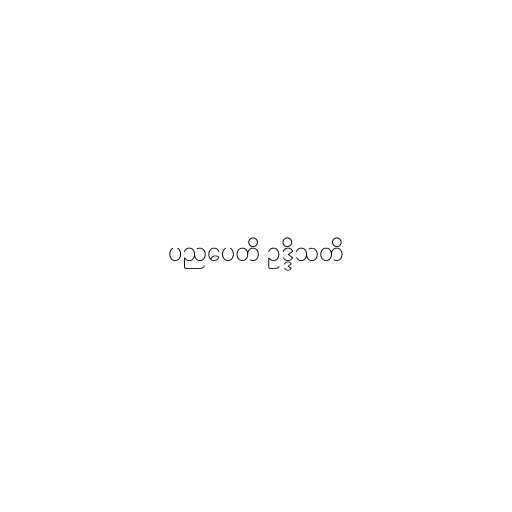
ပညပေတိ ဥဒ္ဒိသတိ